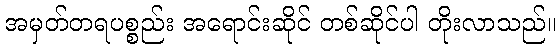
အမှတ်တရပစ္စည်း အရောင်းဆိုင် တစ်ဆိုင်ပါ တိုးလာသည်။